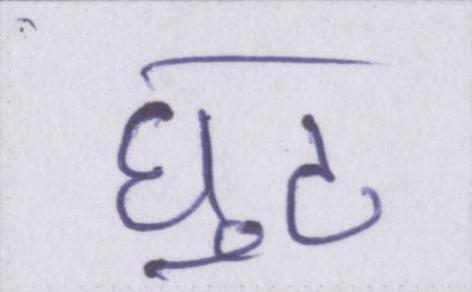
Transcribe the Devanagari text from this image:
घुट